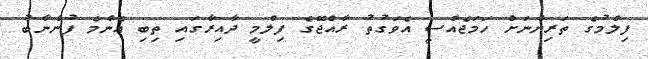
ފިލްމުގެ ތަރިންނަށް ހަމަޖެއްސީ އެވަގުތު ރާއްޖޭގެ ފިލްމީ ދާއިރާގައި ތިބި އެންމެ ފުންނާބު